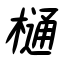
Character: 樋